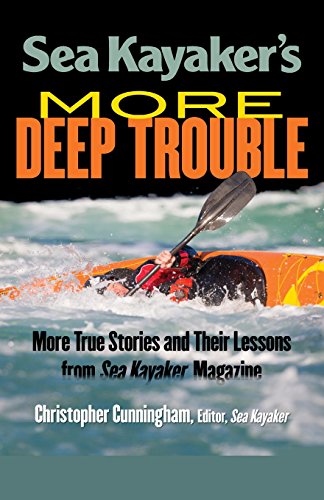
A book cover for Sea Kayaker's  More Deep Trouble; Christopher Cunningham; Sports & Outdoors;